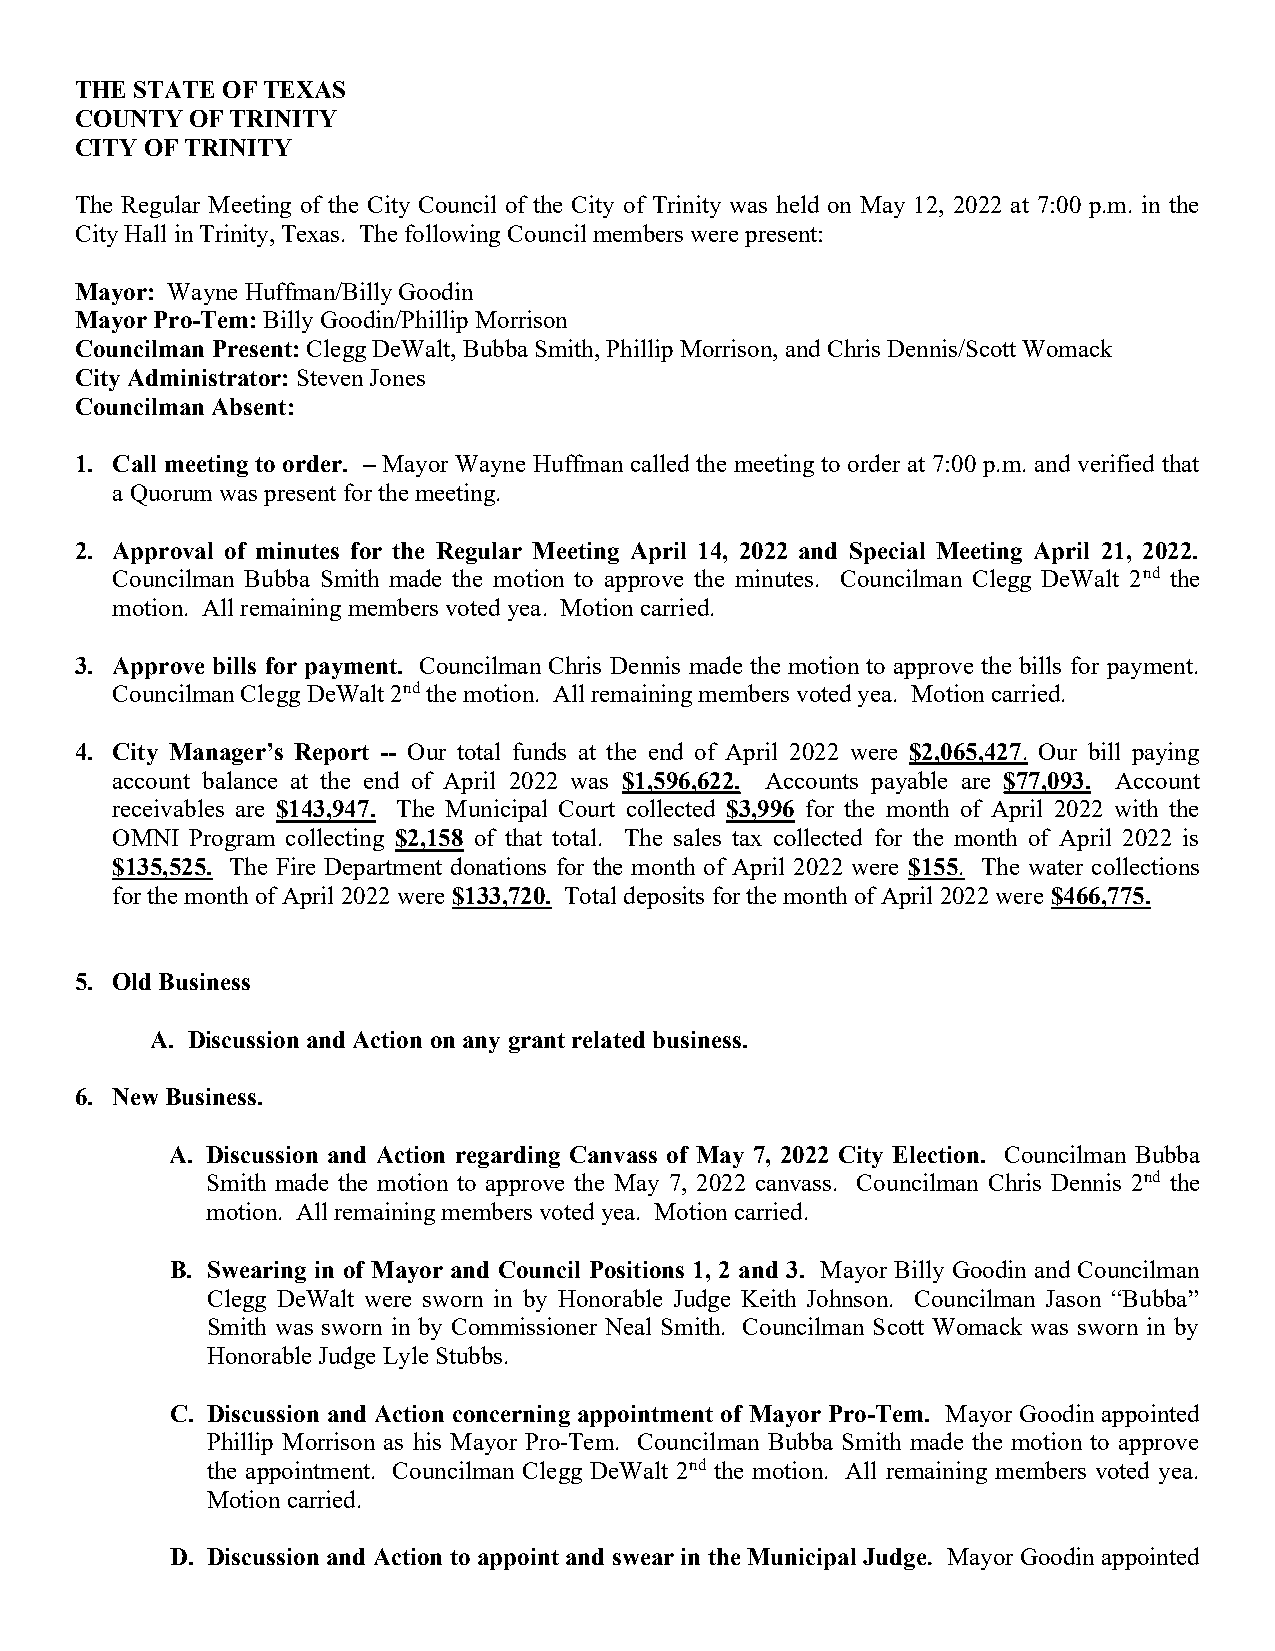
THE STATE OF TEXAS
 COUNTY  OF TRINITY
 CITY OF TRINITY
 The Regular Meeting of the City Council of the City of Trinity was held on May 12, 2022 at 7:00 p.m. in the
 City Hall in Trinity, Texas. The following Council members were present:
 Mayor: Wayne Huffman/Billy Goodin
 Mayor Pro-Tem: Billy Goodin/Phillip Morrison
 Councilman Present: Clegg DeWalt, Bubba Smith, Phillip Morrison, and Chris Dennis/Scott Womack
 City Administrator: Steven Jones
 Councilman Absent:
 1. Call meeting to order. – Mayor Wayne Huffman called the meeting to order at 7:00 p.m. and verified that
 a Quorum was present for the meeting.
 2. Approval of minutes for the Regular Meeting April 14, 2022 and Special Meeting April 21, 2022.
 Councilman Bubba Smith made the motion to approve the minutes. Councilman Clegg DeWalt 2nd the
 motion. All remaining members voted yea. Motion carried.
 3. Approve bills for payment. Councilman Chris Dennis made the motion to approve the bills for payment.
 Councilman Clegg DeWalt 2nd the motion. All remaining members voted yea. Motion carried.
 4. City Manager’s Report -- Our total funds at the end of April 2022 were $2,065,427. Our bill paying
 account balance at the end of April 2022 was $1,596,622. Accounts payable are $77,093. Account
 receivables are $143,947. The Municipal Court collected $3,996 for the month of April 2022 with the
 OMNI  Program collecting $2,158 of that total. The sales tax collected for the month of April 2022 is
 $135,525. The Fire Department donations for the month of April 2022 were $155. The water collections
 for the month of April 2022 were $133,720. Total deposits for the month of April 2022 were $466,775.
 5. Old Business
 A. Discussion and Action on any grant related business.
 6. New Business.
 A. Discussion and Action regarding Canvass of May 7, 2022 City Election. Councilman Bubba
 Smith made the motion to approve the May 7, 2022 canvass. Councilman Chris Dennis 2nd the
 motion. All remaining members voted yea. Motion carried.
 B. Swearing in of Mayor and Council Positions 1, 2 and 3. Mayor Billy Goodin and Councilman
 Clegg DeWalt were sworn in by Honorable Judge Keith Johnson. Councilman Jason “Bubba”
 Smith was sworn in by Commissioner Neal Smith. Councilman Scott Womack was sworn in by
 Honorable Judge Lyle Stubbs.
 C. Discussion and Action concerning appointment of Mayor Pro-Tem. Mayor Goodin appointed
 Phillip Morrison as his Mayor Pro-Tem. Councilman Bubba Smith made the motion to approve
 the appointment. Councilman Clegg DeWalt 2nd the motion. All remaining members voted yea.
 Motion carried.
 D. Discussion and Action to appoint and swear in the Municipal Judge. Mayor Goodin appointed